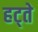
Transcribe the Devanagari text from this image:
हट्ते